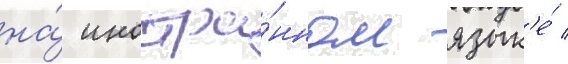
на́ иностра́нном язык'е́ /